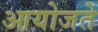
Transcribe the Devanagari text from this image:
आयोजते